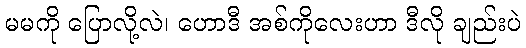
မမကို ပြောလို့လဲ၊ ဟောဒီ အစ်ကိုလေးဟာ ဒီလို ချည်းပဲ